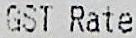
GST RATE